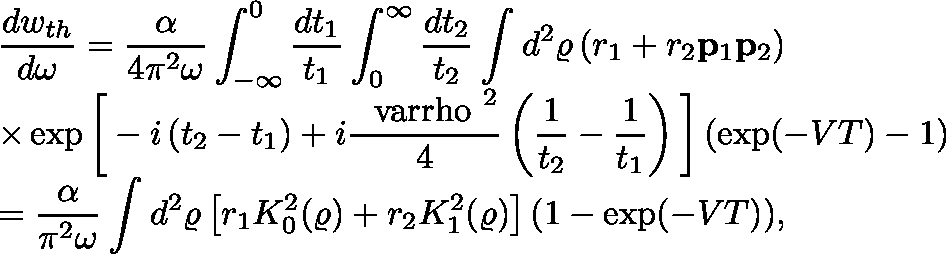
\begin{array} { l l } { { \displaystyle { \frac { d w _ { t h } } { d \omega } = \frac { \alpha } { 4 \pi ^ { 2 } \omega } \int _ { - \infty } ^ { 0 } \frac { d t _ { 1 } } { t _ { 1 } } \int _ { 0 } ^ { \infty } \frac { d t _ { 2 } } { t _ { 2 } } \int _ { } ^ { } d ^ { 2 } \varrho \left( r _ { 1 } + r _ { 2 } { \bf p } _ { 1 } { \bf p } _ { 2 } \right) } } } \\ { { \displaystyle { \times \exp \bigg [ - i \left( t _ { 2 } - t _ { 1 } \right) + i \frac { \mathrm { \boldmath ~ \ v a r r h o ~ } ^ { 2 } } { 4 } \left( \frac { 1 } { t _ { 2 } } - \frac { 1 } { t _ { 1 } } \right) \bigg ] \left( \exp ( - V T ) - 1 \right) } } } \\ { { \displaystyle { = \frac { \alpha } { \pi ^ { 2 } \omega } \int _ { } ^ { } d ^ { 2 } \varrho \left[ r _ { 1 } K _ { 0 } ^ { 2 } ( \varrho ) + r _ { 2 } K _ { 1 } ^ { 2 } ( \varrho ) \right] \left( 1 - \exp ( - V T ) \right) } , } } \end{array}